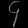
Digit: ၄